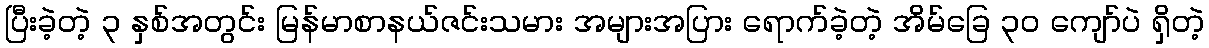
ပြီးခဲ့တဲ့ ၃ နှစ်အတွင်း မြန်မာစာနယ်ဇင်းသမား အများအပြား ရောက်ခဲ့တဲ့ အိမ်ခြေ ၃၀ ကျော်ပဲ ရှိတဲ့